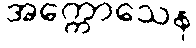
အက္ကောသေန